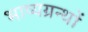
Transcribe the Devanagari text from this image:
भाष्यग्रन्थों